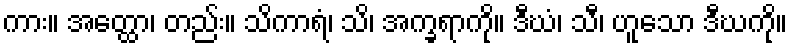
ကား။ အတ္ထော၊ တည်း။ သိကာရံ၊ သိ၊ အက္ခရာကို။ ဒီဃံ၊ သီ၊ ဟူသော ဒီဃကို။